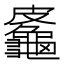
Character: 𪚷